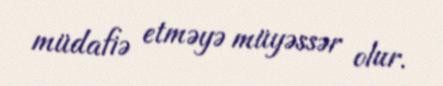
müdafiə etməyə müyəssər olur.